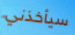
سيأخذني